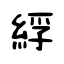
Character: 綒